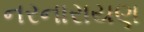
નરનારાયણ